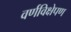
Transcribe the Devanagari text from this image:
वर्णविक्षेपण